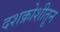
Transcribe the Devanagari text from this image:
दशक्रोशीतून